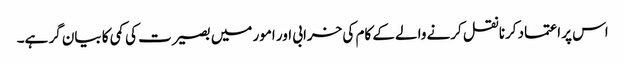
اس پر اعتماد کرنا نقل کرنے والے کے کام کی خرابی اور امور میں بصیرت کی کمی کا بیان گر ہے۔